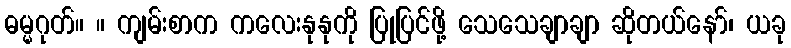
ဓမ္မဂုတ်။ ။ ကျမ်းစာက ကလေးနုနုကို ပြုပြင်ဖို့ သေသေချာချာ ဆိုတယ်နော်၊ ယခု